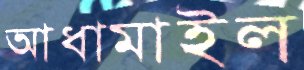
আধামাইল